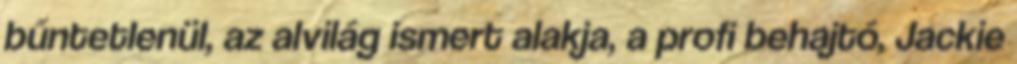
bűntetlenül, az alvilág ismert alakja, a profi behajtó, Jackie